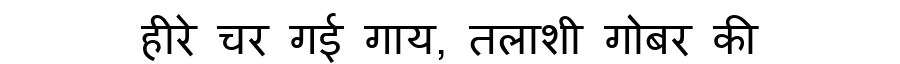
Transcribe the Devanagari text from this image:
हीरे चर गई गाय, तलाशी गोबर की